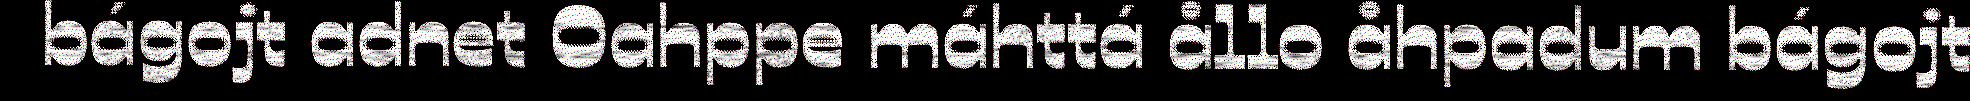
bágojt adnet Oahppe máhttá ållo åhpadum bágojt